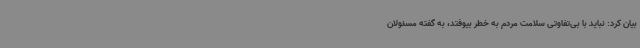
بیان کرد: نباید با بی‌تفاوتی سلامت مردم به خطر بیوفتد، به گفته مسئولان